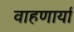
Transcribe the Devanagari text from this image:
वाहणार्या